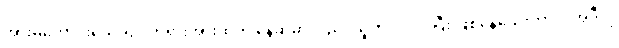
အားမကောင်းသေးရင် တရားအားထုတ် နေဆဲမှာလည်း သူက ဝင်ဝင်ပြီး ဖြစ်နေသေးတာပဲ၊ အဲဒီလို